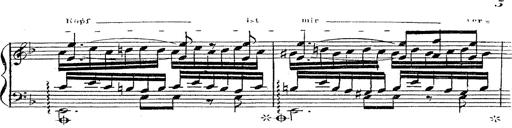
Title: 12 Lieder von Franz Schubert
Composer: Franz Liszt